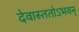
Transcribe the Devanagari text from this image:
देवास्ततोऽभवन्